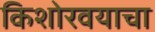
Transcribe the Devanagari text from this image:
किशोरवयाचा